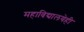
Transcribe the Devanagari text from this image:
महाविद्यालयेही